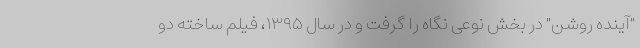
"آینده روشن" در بخش نوعی نگاه را گرفت و در سال ۱۳۹۵، فیلم ساخته دو